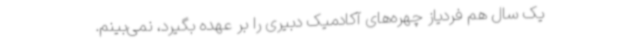
یک سال هم فردیاز چهره‌های آکادمیک دبیری را بر عهده بگیرد، نمی‌بینم.